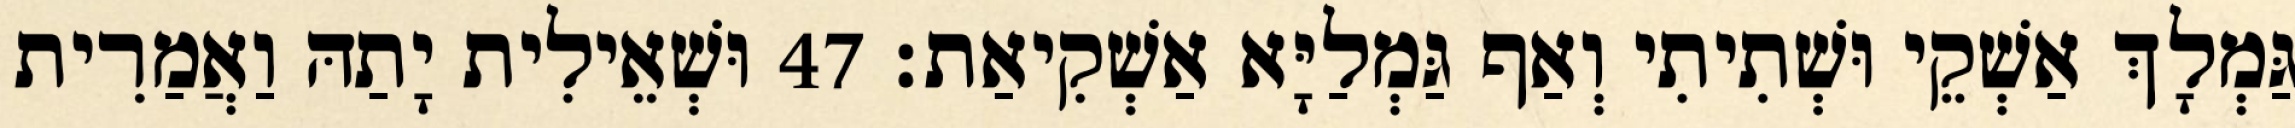
גַּמְלָךְ אַשְׁקֵי וּשְׁתִיתִי וְאַף גַּמְלַיָּא אַשְׁקִיאַת׃ 47 וּשְׁאֵילִית יָתַהּ וַאֲמַרִית